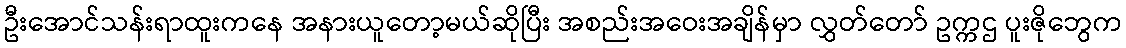
ဦးအောင်သန်းရာထူးကနေ အနားယူတော့မယ်ဆိုပြီး အစည်းအဝေးအချိန်မှာ လွှတ်တော် ဥက္ကဌ ပူးဇိုဘွေက